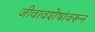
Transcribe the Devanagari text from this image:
जीवावशेषांवरून